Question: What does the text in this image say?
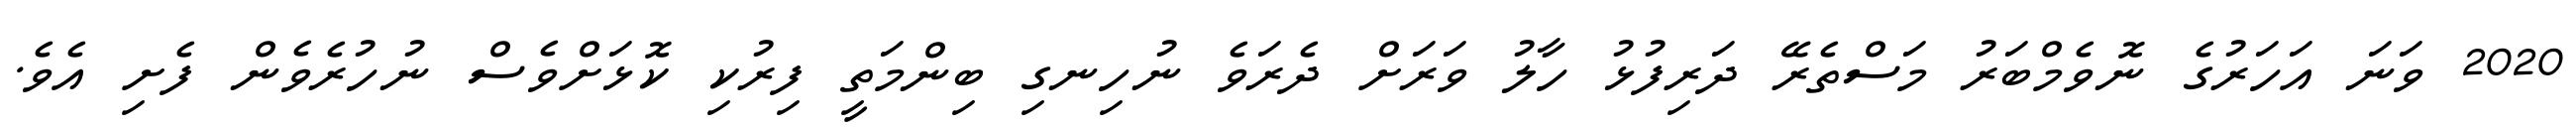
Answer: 2020 ވަނަ އަހަރުގެ ނޮވެމްބަރު މަސްތެރޭ ދަރިފުޅު ހާލު ވަރަށް ދެރަވެ ނުހިނގި ބިންމަތީ ފިރުކި ކޮޅަށްވެސް ނުހުރެވެން ފެށި އެވެ.